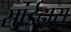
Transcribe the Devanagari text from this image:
सांईदास